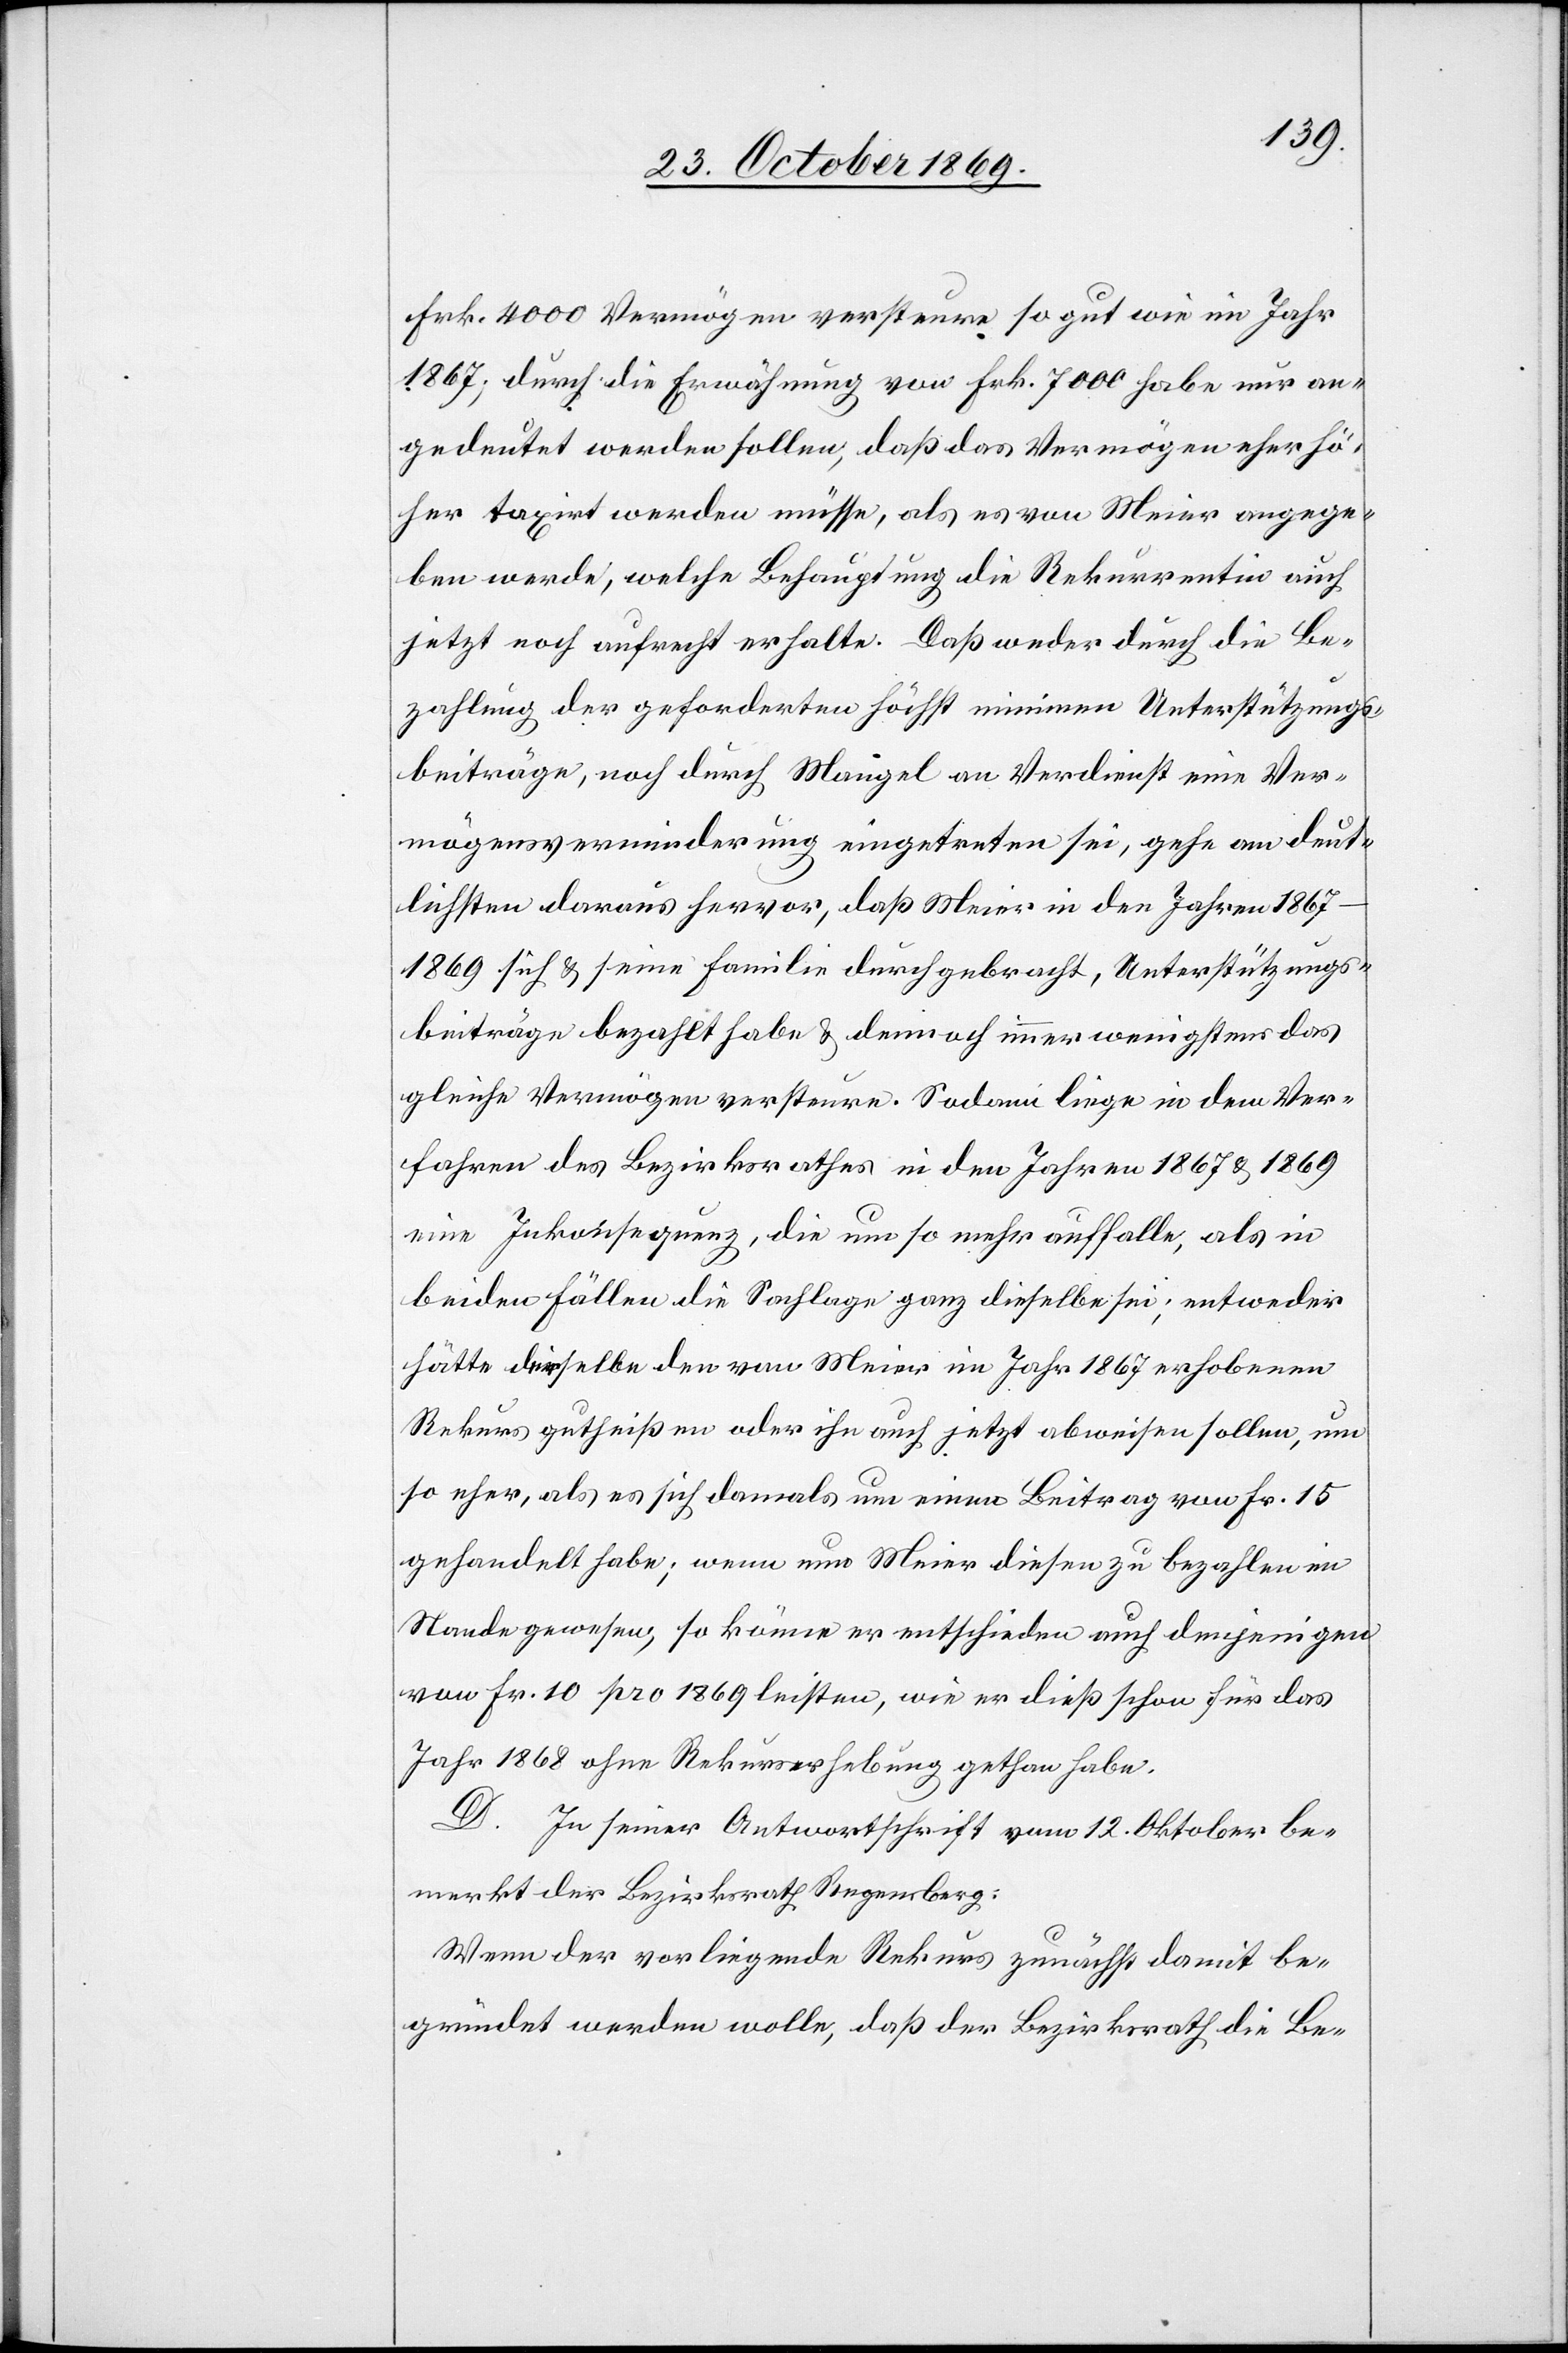
Frk. 4000 Vermögen versteure so gut wie im Jahr
1867; durch die Erwähnung von Frk. 7000 habe nur an¬
gedeutet werden sollen, daß das Vermögen eher hö¬
her taxirt werden müsse, als es von Meier angege¬
ben werde, welche Behauptung die Rekurrentin auch
jetzt noch aufrecht erhalte. Daß weder durch die Be¬
zahlung der geforderten höchst minimen Unterstützungs¬
beiträge, noch durch Mangel an Verdienst eine Ver¬
mögensverminderung eingetreten sei, gehe am deut¬
lichsten daraus hervor, daß Meier in den Jahren
1867–1869 sich & seine Familie durchgebracht, Unterstützungs¬
beiträge bezahlt habe & dennoch immer wenigstens das
gleiche Vermögen versteure. Sodann liege in dem Ver¬
fahren des Bezirksrathes in den Jahren 1867 & 1869
eine Inkonsequenz, die um so mehr auffalle, als in
beiden Fällen die Sachlage ganz dieselbe sei, entweder
hätte derselbe den von Meier im Jahr 1867 erhobenen
Rekurs gutheißen oder ihn auch jetzt abweisen sollen, um
so eher, als es sich damals um einen Beitrag von Fr. 15
gehandelt habe; wenn nun Meier diesen zu bezahlen im
Stande gewesen, so könne er entschieden auch denjenigen
von Fr. 10 pro 1869 leisten, wie er dieß schon für das
Jahr 1868 ohne Rekurserhebung gethan habe.
D. In seiner Antwortschrift vom 12. Oktober be¬
merkt der Bezirksrath Regensberg:
Wenn der vorliegende Rekurs zunächst damit be¬
gründet werden wolle, daß der Bezirksrath die Be-